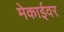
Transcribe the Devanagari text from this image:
मेकाईवर